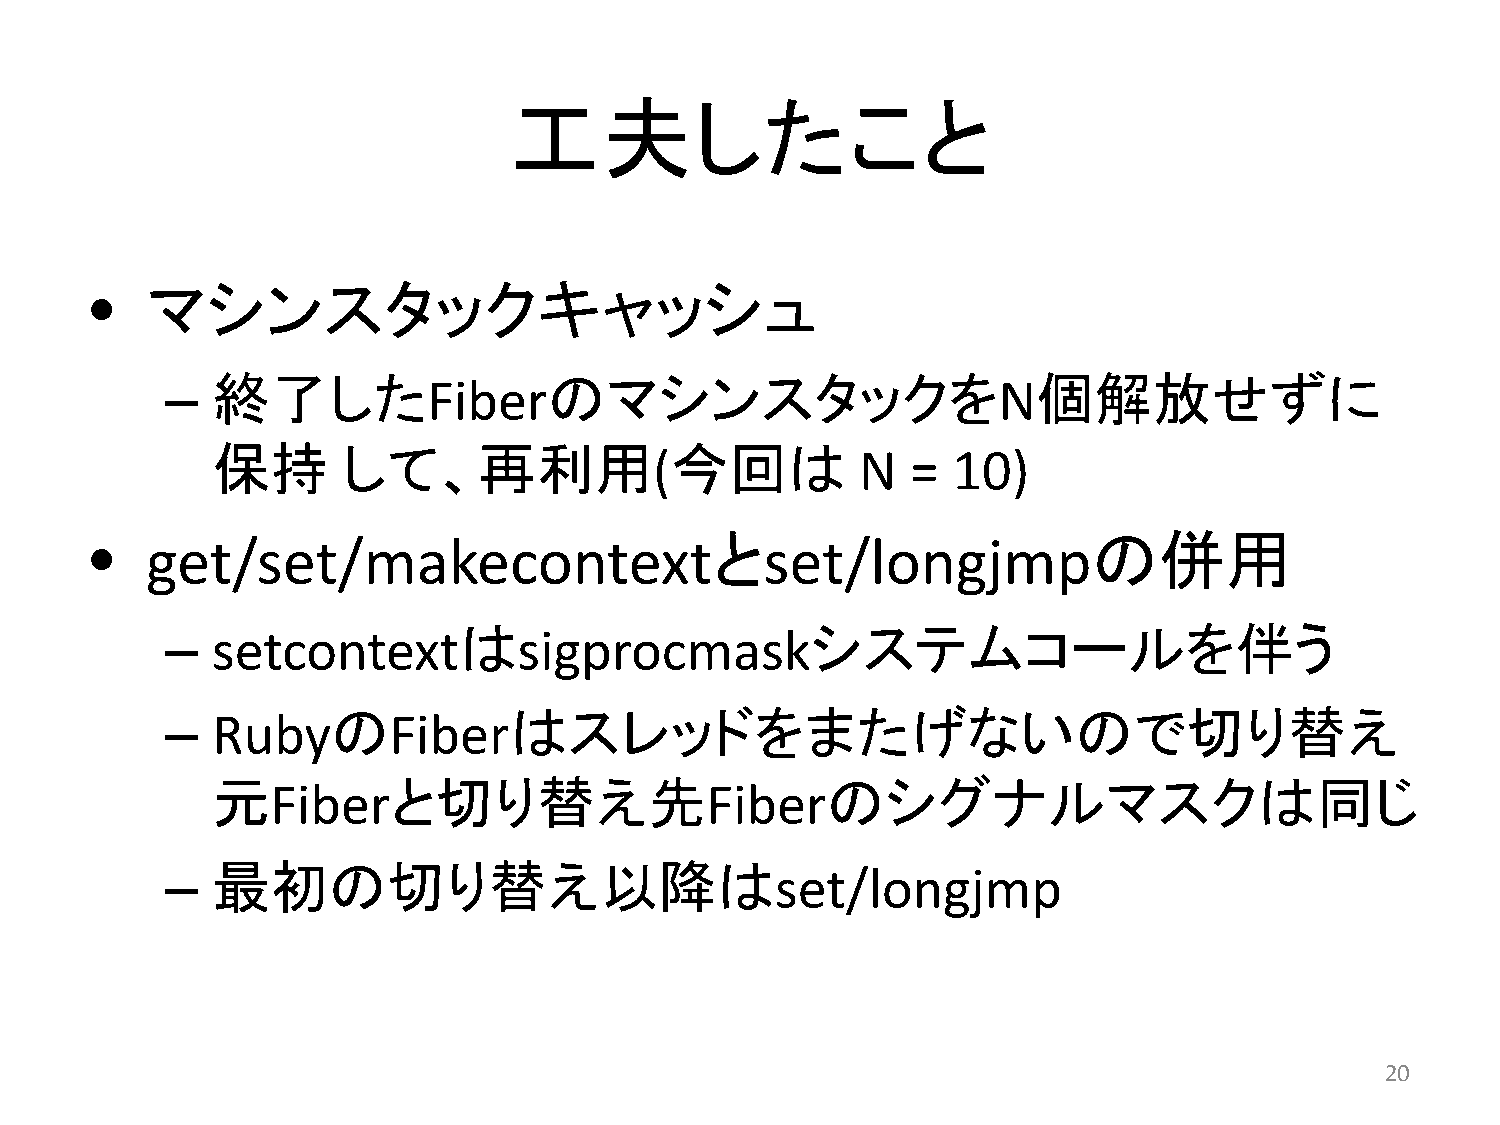
工夫したこと
 •   マシンスタックキャッシュ
 –  終了した           Fiberのマシンスタックを                        N個解放せずに
 保持       して、再利用                今回は
 (            N   = 10)
 •   get/set/makecontextと                     set/longjmpの併用
 –  setcontextは          sigprocmaskシステムコールを伴う
 –  Rubyの       Fiberはスレッドをまたげないので切り替え
 元           と切り替え先                       のシグナルマスクは同じ
 Fiber                        Fiber
 –  最初の切り替え以降は                            set/longjmp
 20